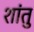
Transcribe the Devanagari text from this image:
शांतु